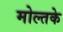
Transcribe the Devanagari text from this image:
मोल्तके